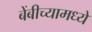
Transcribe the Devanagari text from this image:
बेंबीच्यामध्ये